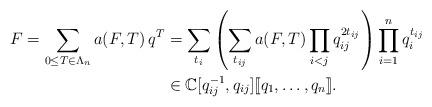
LaTeX: \begin{align*}F=\sum_{0\leq T\in\Lambda_n}a(F,T)\,q^T & =\sum_{t_i}\left(\sum_{t_{ij}}a(F,T)\prod_{i<j}q_{ij}^{2t_{ij}}\right) \prod_{i=1}^nq_i^{t_{ij}} \\ & \in\mathbb{C}[q_{ij}^{-1},q_{ij}][\![q_1,\ldots,q_n]\!]. \end{align*}